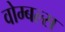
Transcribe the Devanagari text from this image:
वोम्बल्स